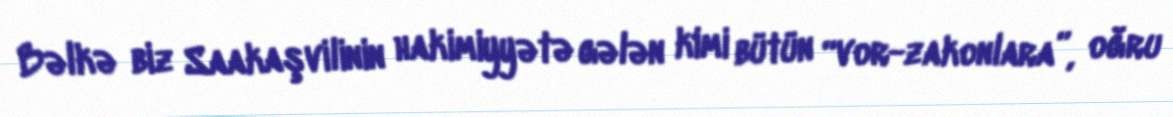
Bəlkə biz Saakaşvilinin hakimiyyətə gələn kimi bütün “vor-zakonlara”, oğru